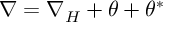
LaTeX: \nabla = \nabla _ { H } + \theta + \theta ^ { * }